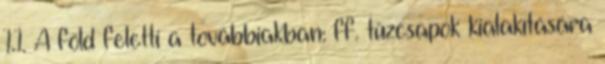
1.1. A föld feletti a továbbiakban: ff. tûzcsapok kialakítására